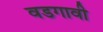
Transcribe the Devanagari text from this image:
वडगावी